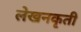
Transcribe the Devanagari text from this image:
लेखनकृती